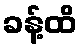
ခန့်ထိ